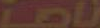
ناها